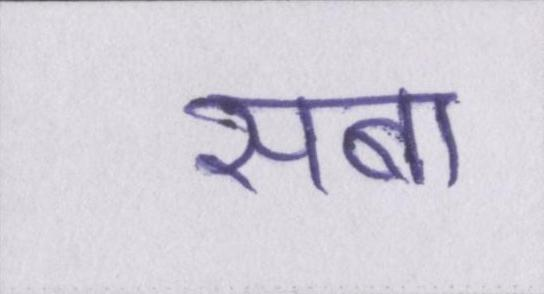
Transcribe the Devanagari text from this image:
सबा